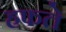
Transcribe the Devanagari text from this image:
हफते